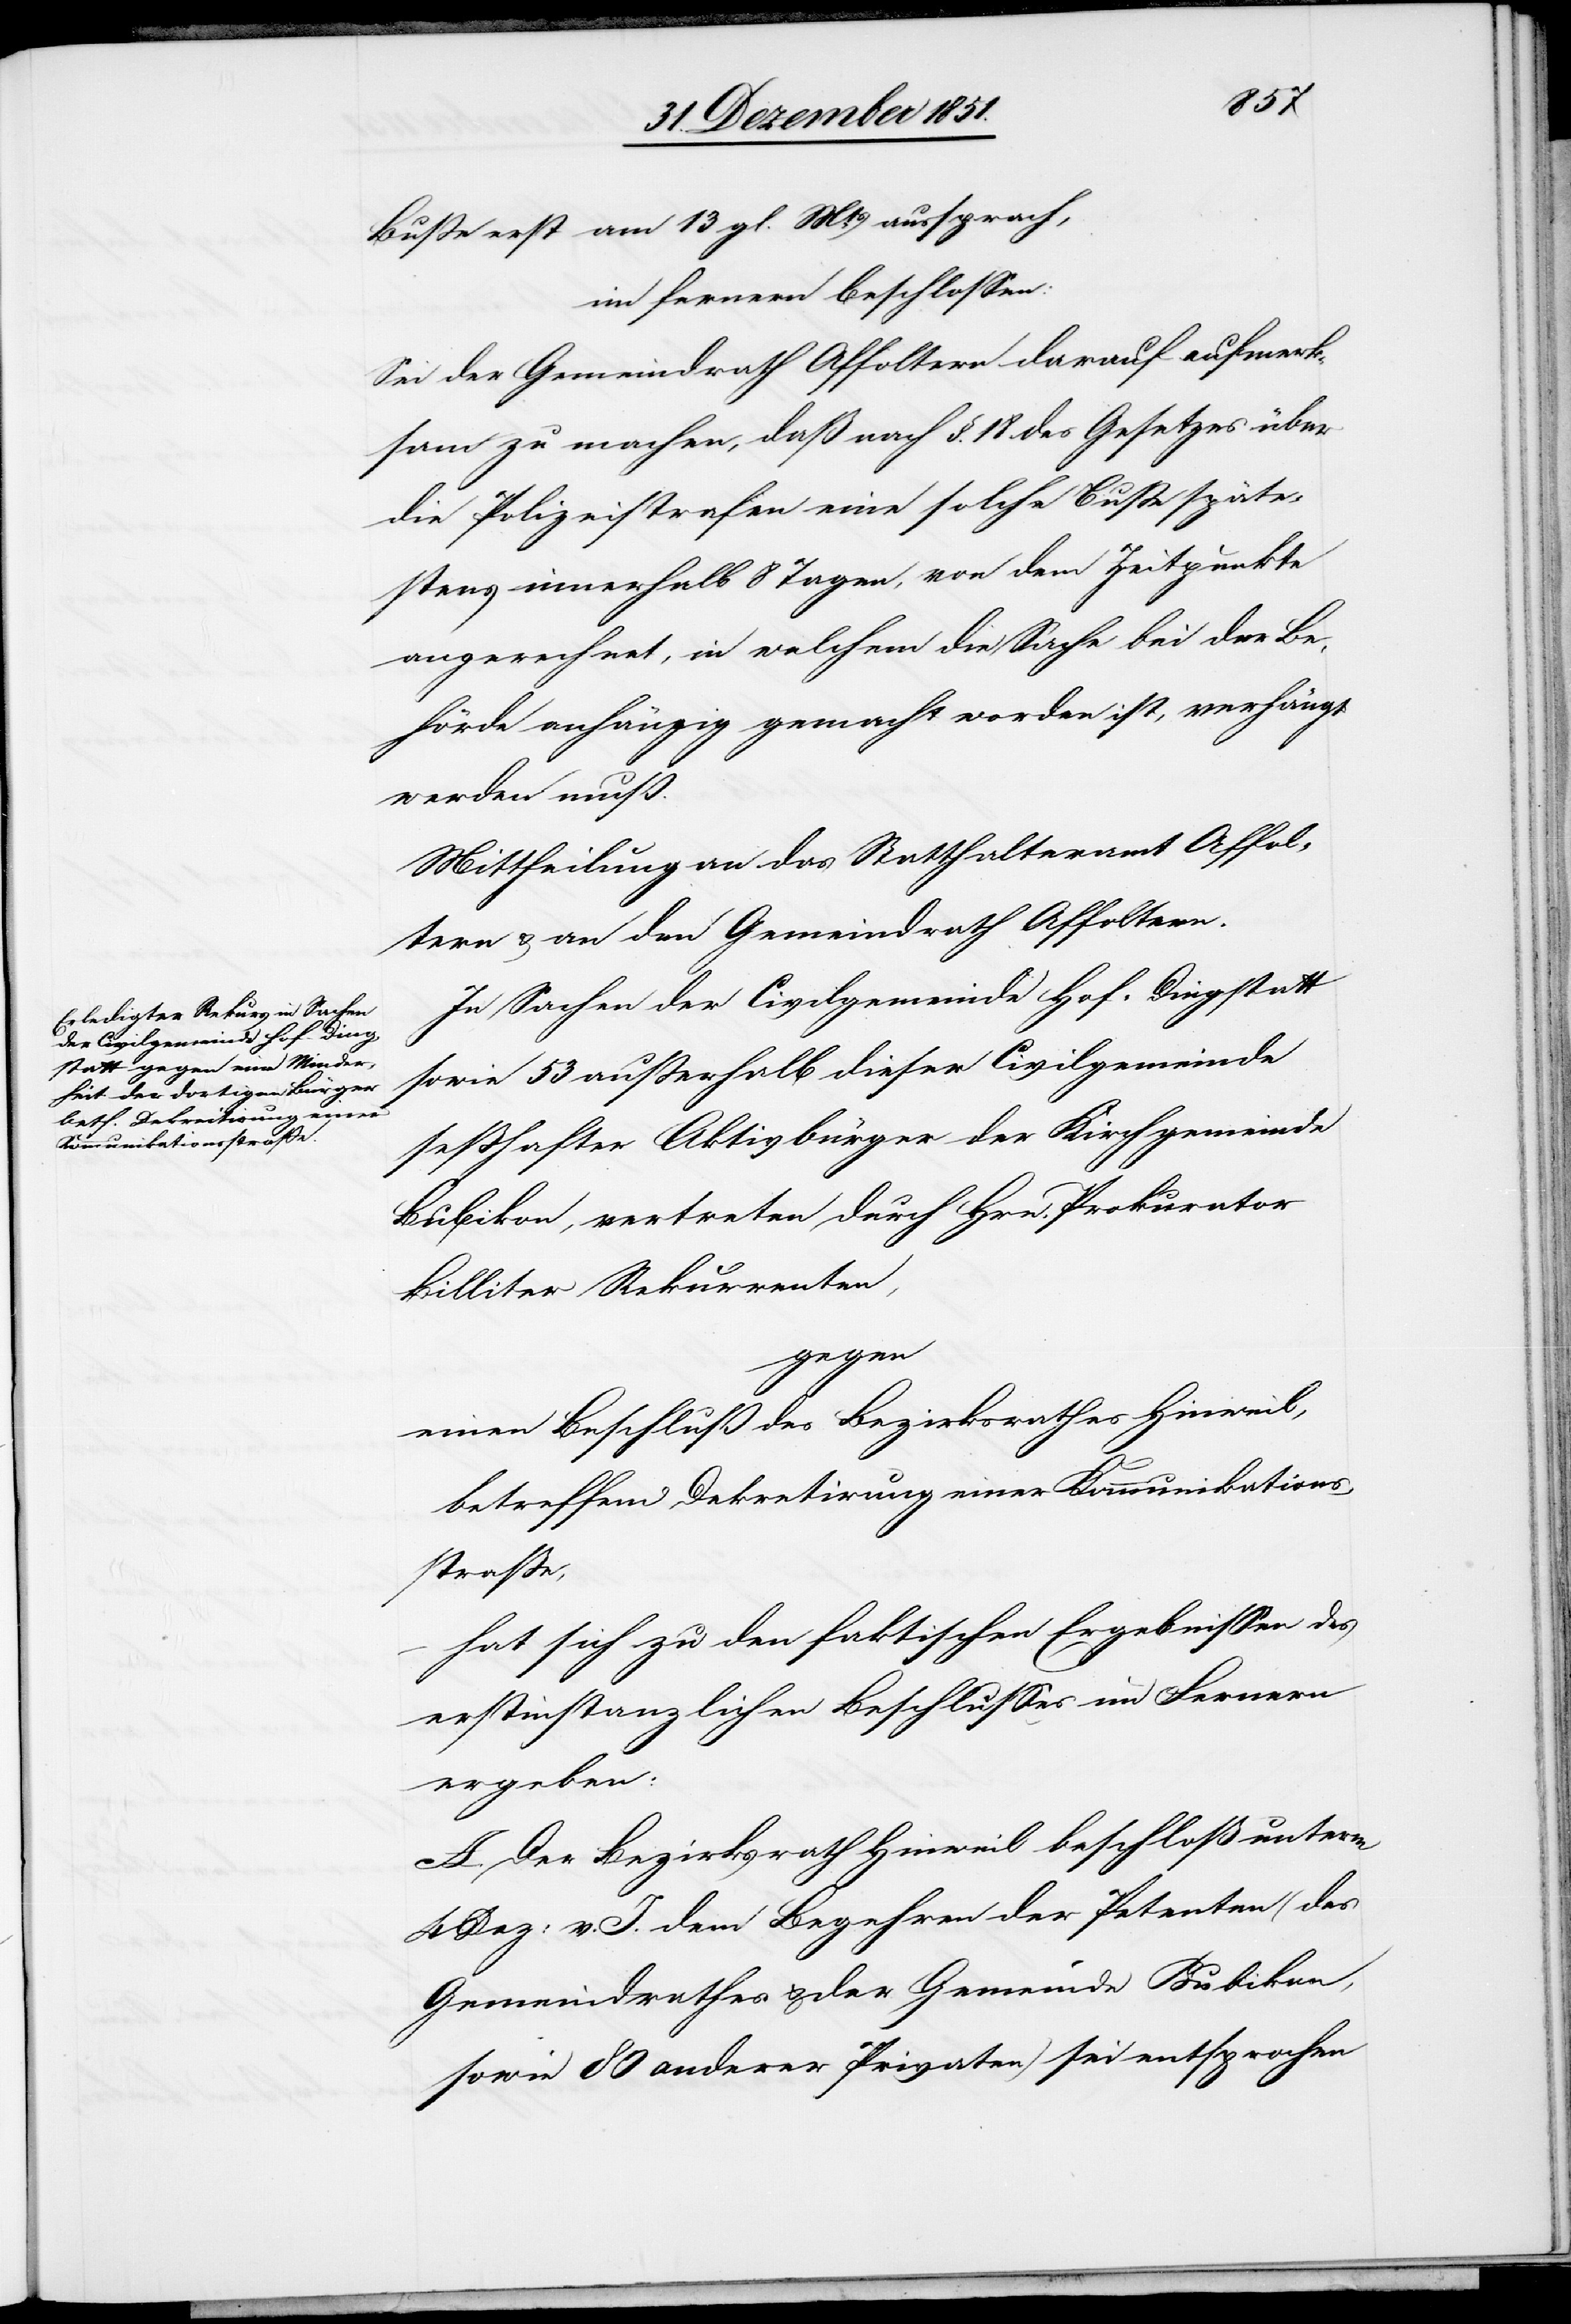
Buße erst am 13 gl. Mts. aussprach,
im fernern beschlossen:
Sei der Gemeindrath Affoltern darauf aufmerk¬
sam zu machen, daß nach §. 18 des Gesetzes über
die Polizeistrafen eine solche Buße späte¬
stens innerhalb 8 Tagen, von dem Zeitpunkte
angerechnet, in welchem die Sache bei der Be¬
hörde anhängig gemacht worden ist, verhängt
werden muß.
Mittheilung an das Statthalteramt Affol¬
tern & an den Gemeindrath Affoltern.
In Sachen der Civilgemeinde Hof-Dingstatt
sowie 53 außerhalb dieser Civilgemeinde
seßhafter Aktivbürger der Kirchgemeinde
Bubikon, vertreten durch Hrn. Prokurator
Billiter Rekurrenten,
gegen
einen Beschluß des Bezirksrathes Hinweil,
betreffend Dekretirung einer Kommunikations¬
straße,
hat sich zu den faktischen Ergebnissen des
erstinstanzlichen Beschlusses im Fernern
ergeben:
A. Der Bezirksrath Hinweil beschloß unterm
4 Dez: v. J. dem Begehren der Petenten (des
Gemeindrathes & der Gemeinde Bubikon,
sowie 80 anderer Privaten) sei entsprochen